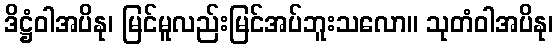
ဒိဋ္ဌံဝါအပိနု၊ မြင်မူလည်းမြင်အပ်ဘူးသလော။ သုတံဝါအပိနု၊